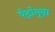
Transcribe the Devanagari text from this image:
पेट्रोमुद्रा